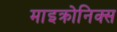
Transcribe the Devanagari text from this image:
माइक्रोनिक्स